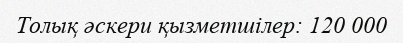
Толық әскери қызметшілер: 120 000